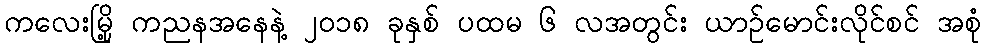
ကလေးမြို့ ကညနအနေနဲ့ ၂ဝ၁၈ ခုနှစ် ပထမ ၆ လအတွင်း ယာဉ်မောင်းလိုင်စင် အစုံ